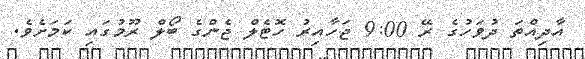
އާދިއްތަ ދުވަހުގެ ރޭ 9:00 ޖަހާއިރު ހޮޓެލް ޖެންގެ ބޯލް ރޫމުގައި ކަމަށެވެ.